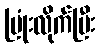
ပြုံးလိုက်ပြီး